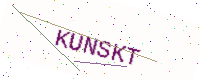
Text: KUNSKT